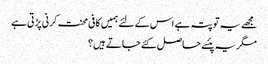
مجھے یہ تو پتہ ہے اس کے لئے ہمیں کافی محنت کرنی پڑتی ہے
مگر یہ پئسے حاصل کئے جاتے ہیں؟